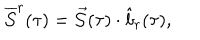
LaTeX: \overline { { { \cal S } } } ^ { r } ( \tau ) = \vec { \cal S } ( \tau ) \cdot \hat { b } _ { r } ( \tau ) ,